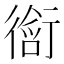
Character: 𬡀